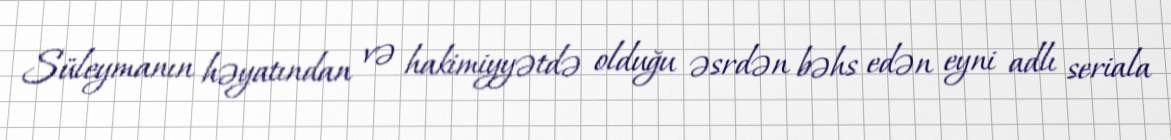
Süleymanın həyatından və hakimiyyətdə olduğu əsrdən bəhs edən eyni adlı seriala